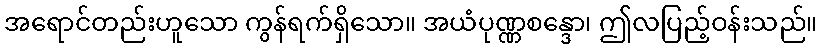
အရောင်တည်းဟူသော ကွန်ရက်ရှိသော။ အယံပုဏ္ဏစန္ဒော၊ ဤလပြည့်ဝန်းသည်။